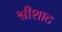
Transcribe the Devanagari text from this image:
श्वीशाट